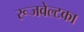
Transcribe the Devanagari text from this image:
रूजवेल्टका